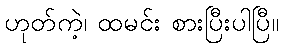
ဟုတ်ကဲ့၊ ထမင်း စားပြီးပါပြီ။